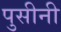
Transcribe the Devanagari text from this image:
पुसीनी